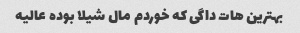
بهترین هات داگی که خوردم مال شیلا بوده عالیه